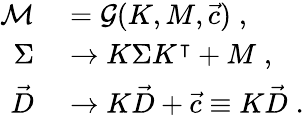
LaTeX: \begin{array}{rl}{\mathcal{M}}&{{}=\mathcal{G}(K,M,\vec{c})\; ,}\\ {\Sigma}&{{}\rightarrow K\Sigma K^{\intercal}+M\; ,}\\ {\vec{D}}&{{}\rightarrow K\vec{D}+\vec{c}\equiv K\vec{D}\; .}\end{array}